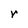
Character: v